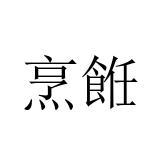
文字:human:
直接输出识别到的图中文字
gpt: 烹餁